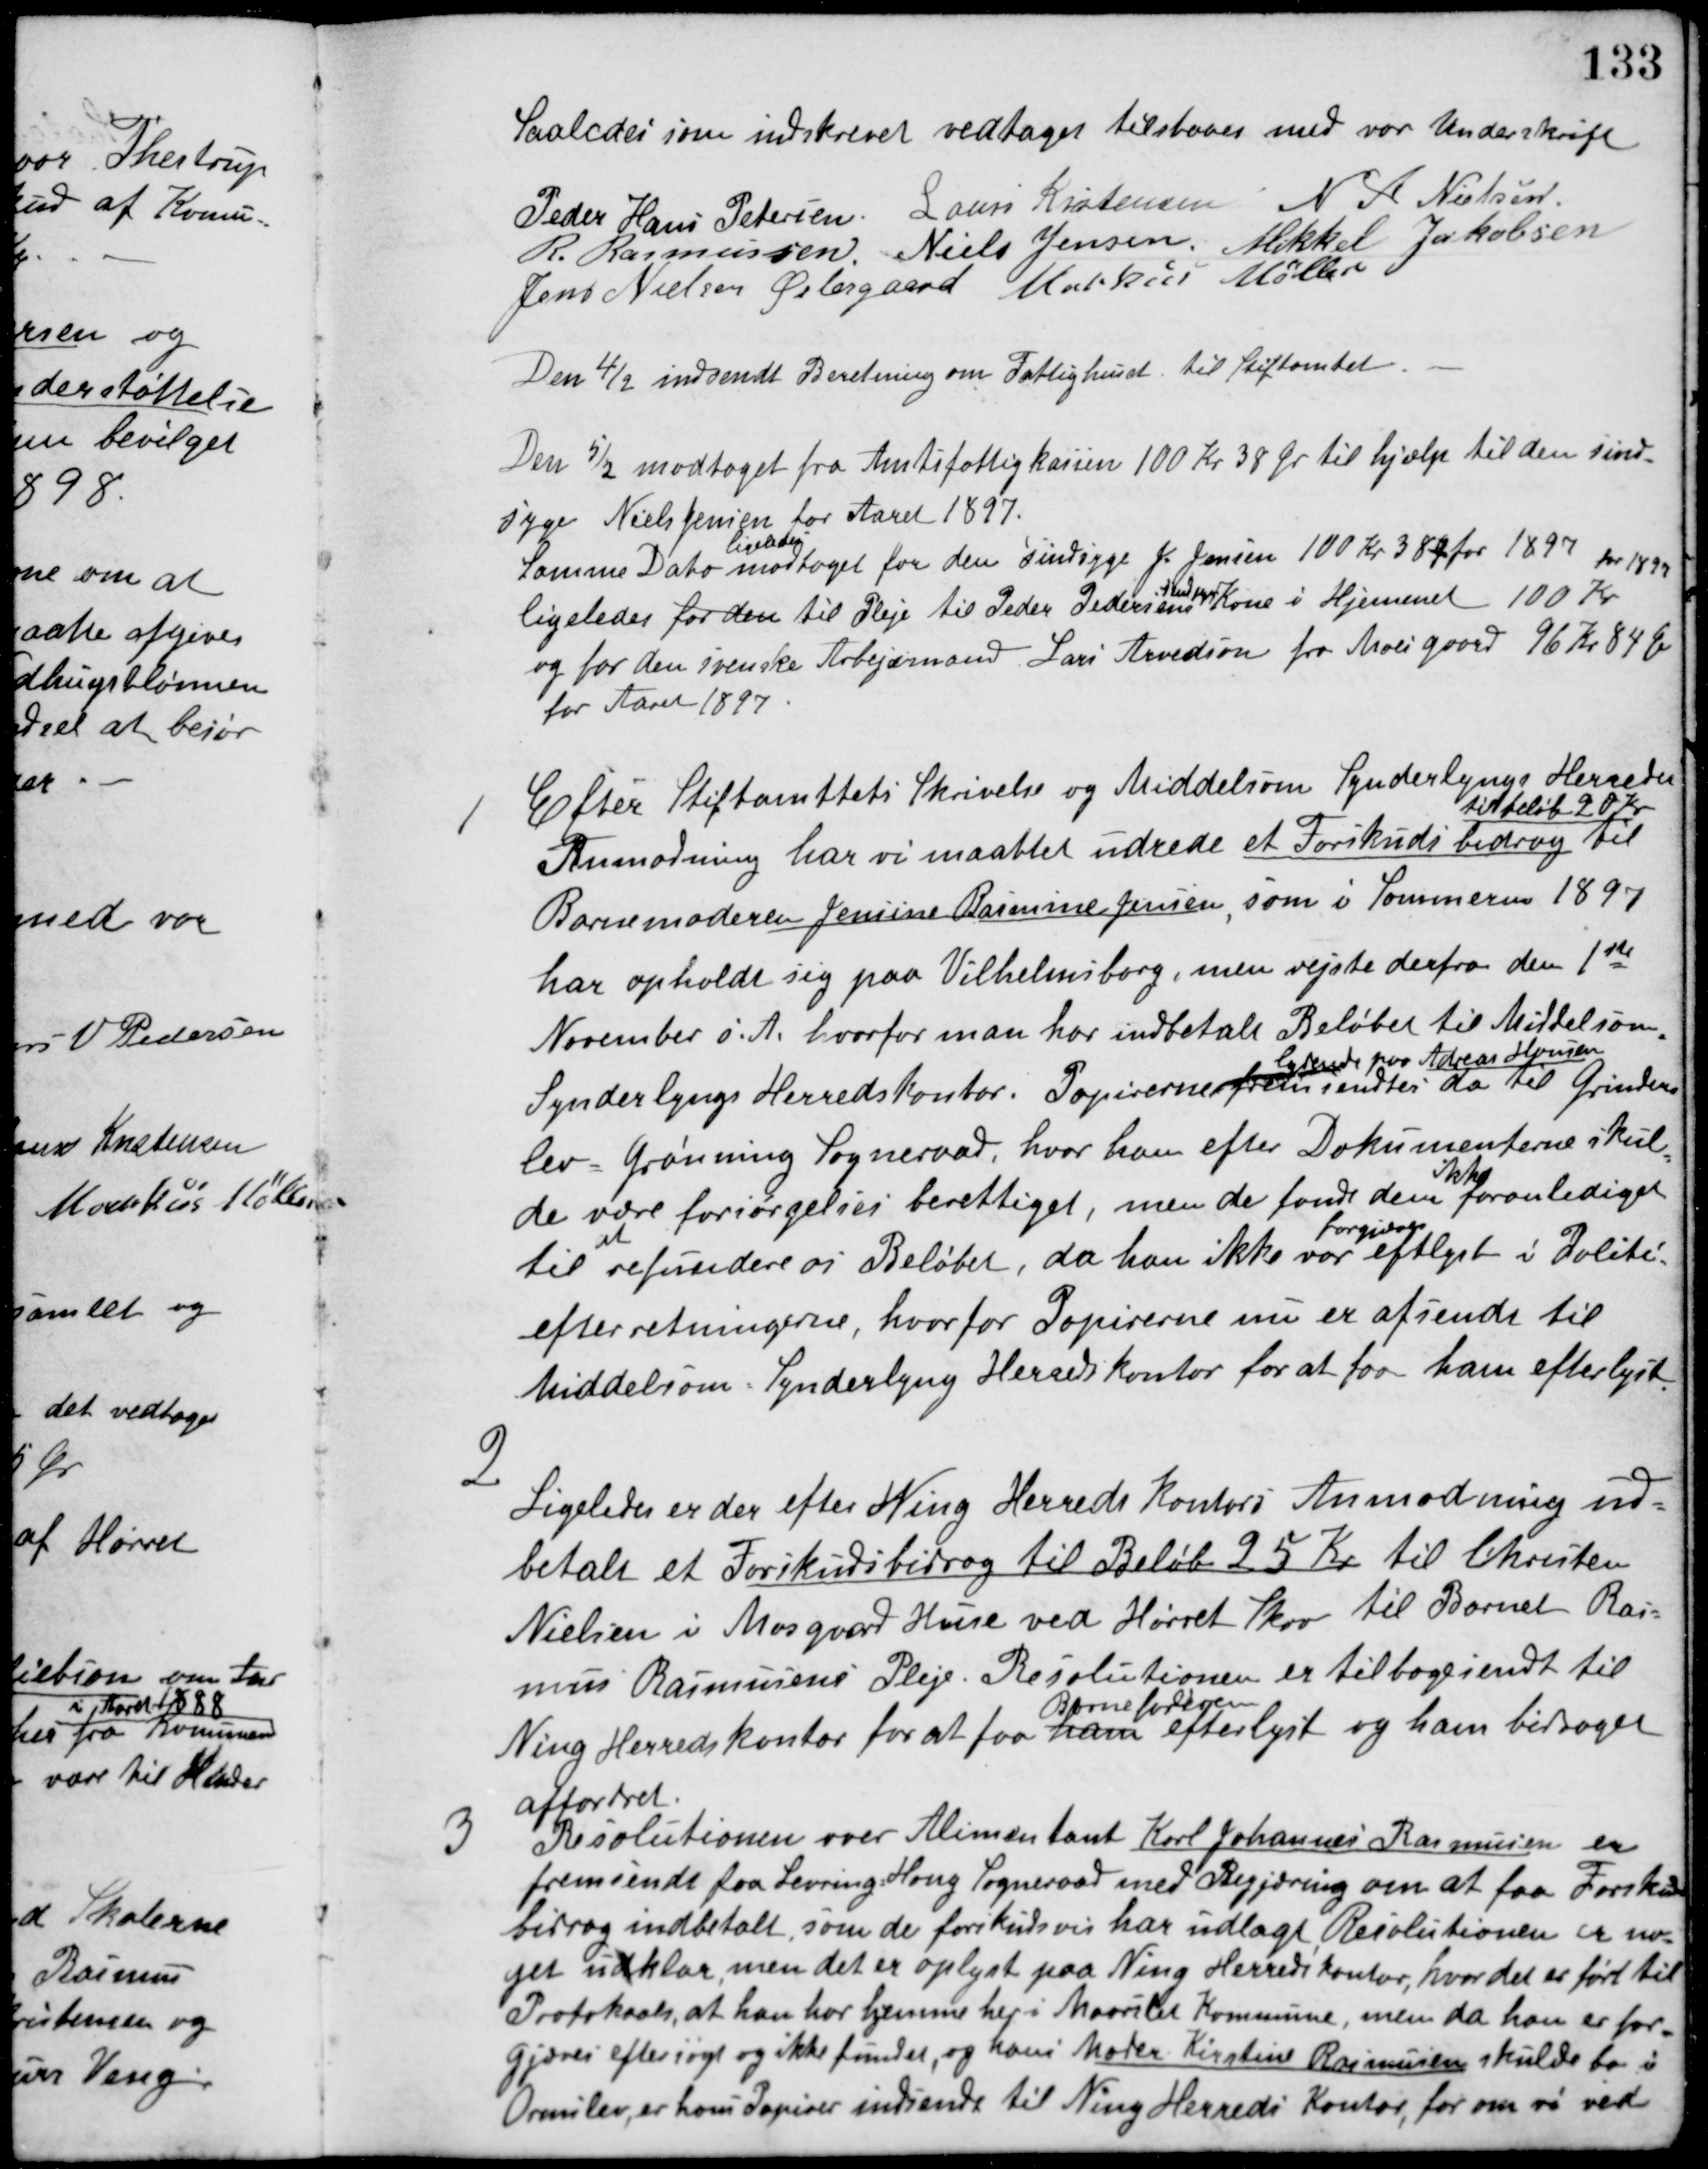
Transskription:
Saaledes som indskrevet vedtaget tilstaaes med vor Underskrift
Peder Hans Pedersen Laurs Kristensen N. A. Nielsen
R. Rasmussen Niels Jensen Mikkel Jakobsen
Jens Nielsen Østergaard Markus Møller
Den 4/2 indsendt Beretning om Fattighuset til Stiftamtet.
Den 5/2 modtaget fra Amtsfattigkassen 100 Kr 38 Øre til hjælp til den sind-
syge Niels Jensen for Aaret 1897.
Samme Dato
ligeledes
modtaget for den Sindsyge J. Jensen 100 Kr 38 Ø for 1897 for 1897
ligeledes for den til Pleje til Peder Pedersens
Sindssyge
Kone i Hjemmet 100 Kr.
og for den svenske Arbejdsmand Lars Arvedson fra Moesgaard 96 Kr 84 Øre
for Aaret 1897.
1. Efter Stiftamttets Skrivelse og Middelsom-Synderlyngs Herreder
Anmodning har vi maattet udrede et Forskudsbidrag
til beløb 20 Kr
til
Barnemoderen Jensine Rasmine Jensen, som i Sommeren 1897
har opholdt sig paa Vilhelmsborg, men rejste derfra den 1ste
November s. A. hvorfor man har indbetalt Beløbet til Middelsom-
Synderlyngs Herredskontor. Papirerne
lydende paa Andreas Housen
fremsendtes da til Grinders-
lev - Grønning Sogneraad, hvor han efter Dokumenterne skul-
de være forsørgelses berettiget, men de fandt dem
ikke
foranlediget
til
at
refundere os Beløbet, da han ikke var
forgæves
eftrlyst i Politi-
efterretningerne, hvorfor Papirerne nu er afsendt til
Middelsom-Synderlyng Herredskontor for at for ham efterlyst.
2. Ligeledes er der efter Ning Herreds Kontors Anmodning ud-
betalt et Forskudsbidrag til Beløb 25 Kr. til Christen
Nielsen i Mosgaard Huse ved Hørret Skov til Barnet Ras-
mus Rasmussens Pleje. Resolutionen er tilbagesendt til
Ning Herredskontor for at faa ham
Barnefaderen
efterlyst og ham bidraget
affordret.
3. Resolutionen over Alimentant Karl Johannes Rasmussen er
fremsendt fra Levring-Houg Sogneraad med Begjæring om at faa Forskuds-
bidrag indbetalt, som de forskudsvis har udlagt. Resolutionen er no-
get udklar men det er oplyst paa Ning Herredskontor, hvor det er ført til
Protokools, at han har hjemme her i Maarslet Kommune, men da han er for-
gjæves eftersøgt og ikke fundet, og hans Moder Kirstine Rasmussen skulde bo i
Ormslev, er hans Papirer indsendt til Ning Herreds Kontor, for om vi ved